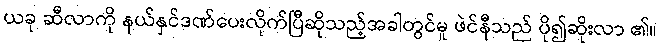
ယခု ဆီလာကို နယ်နှင်ဒဏ်ပေးလိုက်ပြီဆိုသည့်အခါတွင်မူ ဖဲင်နီသည် ပို၍ဆိုးလာ ၏။